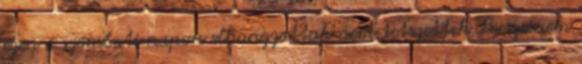
ezen a szombati napon elhangzottak nem tetszettek. Persze nem